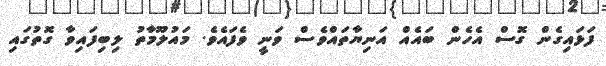
ފަޅައިގެން ގޮސް އެހެން ބައެއް އަނިޔާތައްވެސް ވަނީ ވެފައެވެ. މައުލޫމާތު ލިބިފައިވާ ގޮތުގައި